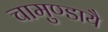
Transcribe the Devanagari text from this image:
चामुण्डायै